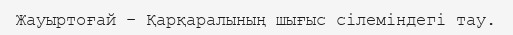
Жауыртоғай – Қарқаралының шығыс сілеміндегі тау.